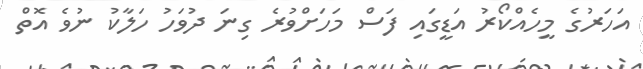
އަހަރުގެ މީހެއްކޯރު އަޑީގައި ފަސް މަހަށްވުރެ ގިނަ ދުވަހު ހަލާކު ނުވެ އޮތް